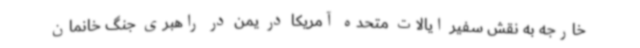
خارجه به نقش سفیر ایالات متحده آمریکا در یمن در راهبری جنگ خانمان